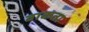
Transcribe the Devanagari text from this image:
वाकता